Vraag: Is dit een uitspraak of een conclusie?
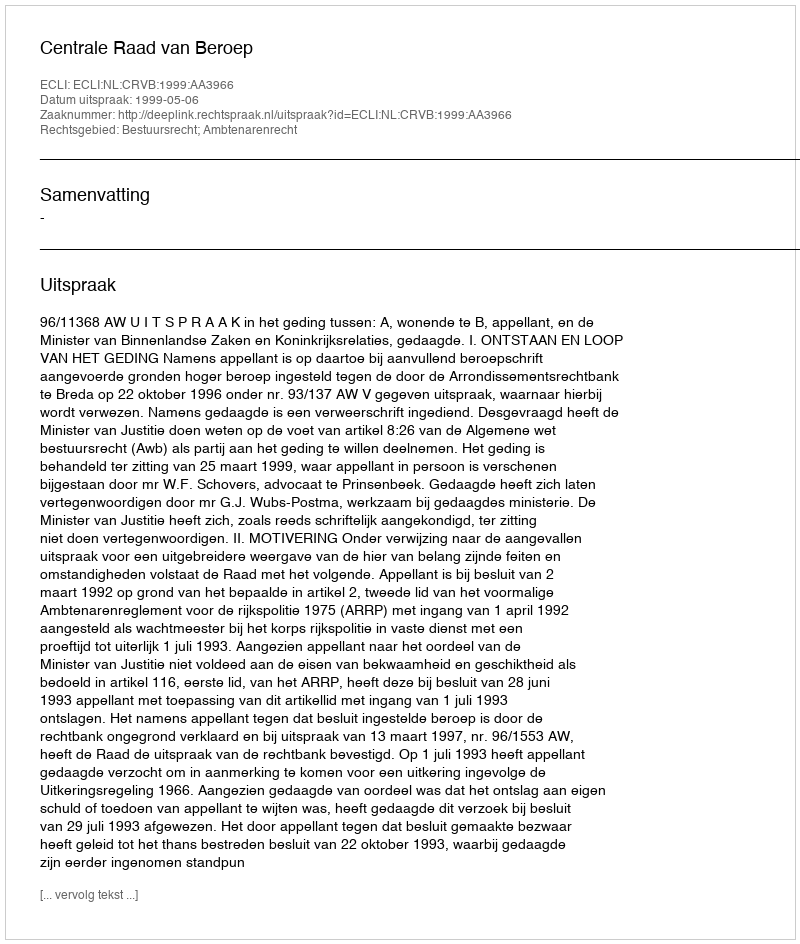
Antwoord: Uitspraak